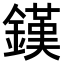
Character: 𨫪